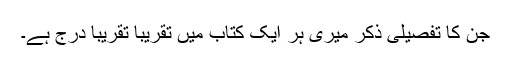
جن کا تفصیلی ذکر میری ہر ایک کتاب میں تقریباََ تقریباََ درج ہے۔